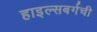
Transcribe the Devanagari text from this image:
हाइल्सबर्गची